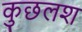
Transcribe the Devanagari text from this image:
कुछलश